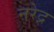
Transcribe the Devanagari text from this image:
नरेद्र